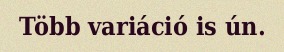
Több variáció is ún.